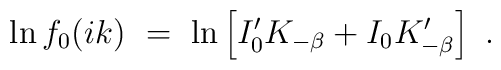
\ln f_0(ik)\ =\  \ln \left[ I'_0 K_{-\beta}+I_{0}K'_{-\beta}\right]\ .